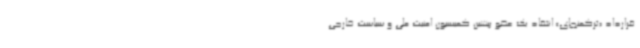
قرارداد «ترکمنچای» انتقاد یک عضو پیشین کمیسیون امنیت ملی و سیاست خارجی